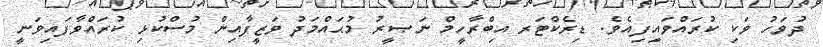
ދުވަހު ވަކި ކުރައްވައިފިއެވެ. ޑިރެކްޓަރ އިބްރާހީމް ނަޞީރު މުޙައްމަދު ވަޒީފާއިން މުސްކުޅި ކުރައްވާފައިވަނީ